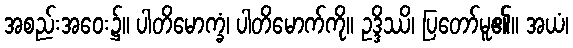
အစည်းအဝေး၌။ ပါတိမောက္ခံ၊ ပါတိမောက်ကို။ ဥဒ္ဒိဿိ၊ ပြတော်မူ၏။ အယံ၊